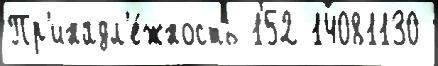
Пр'инадл'е́жность 152 14081130